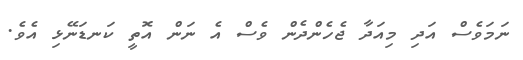
ނަމަވެސް އަދި މިއަދާ ޖެހެންދެން ވެސް އެ ނަން އޮތީ ކަނޑަނޭޅި އެވެ.